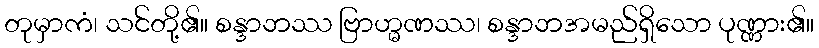
တုမှာကံ၊ သင်တို့၏။ စန္ဒာဘဿ ဗြာဟ္မဏဿ၊ စန္ဒာဘအမည်ရှိသော ပုဏ္ဏား၏။